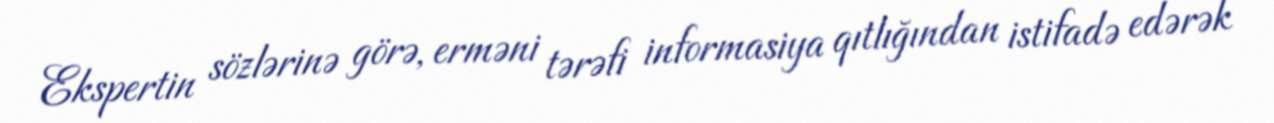
Ekspertin sözlərinə görə, erməni tərəfi informasiya qıtlığından istifadə edərək